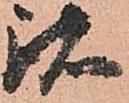
諸